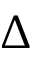
\Delta